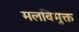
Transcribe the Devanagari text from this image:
मलविमुक्त